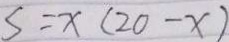
S = x ( 2 0 - x )